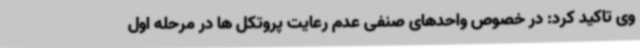
وی تاکید کرد: در خصوص واحدهای صنفی عدم رعایت پروتکل ها در مرحله اول